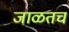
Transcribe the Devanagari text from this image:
जाळतच